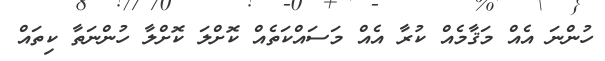
ހުންނަ އެއް މަޤާމެއް ކުރާ އެއް މަސައްކަތެއް ކޮށްލަ ކޮށްލާ ހުންނަތާ ކިތައް